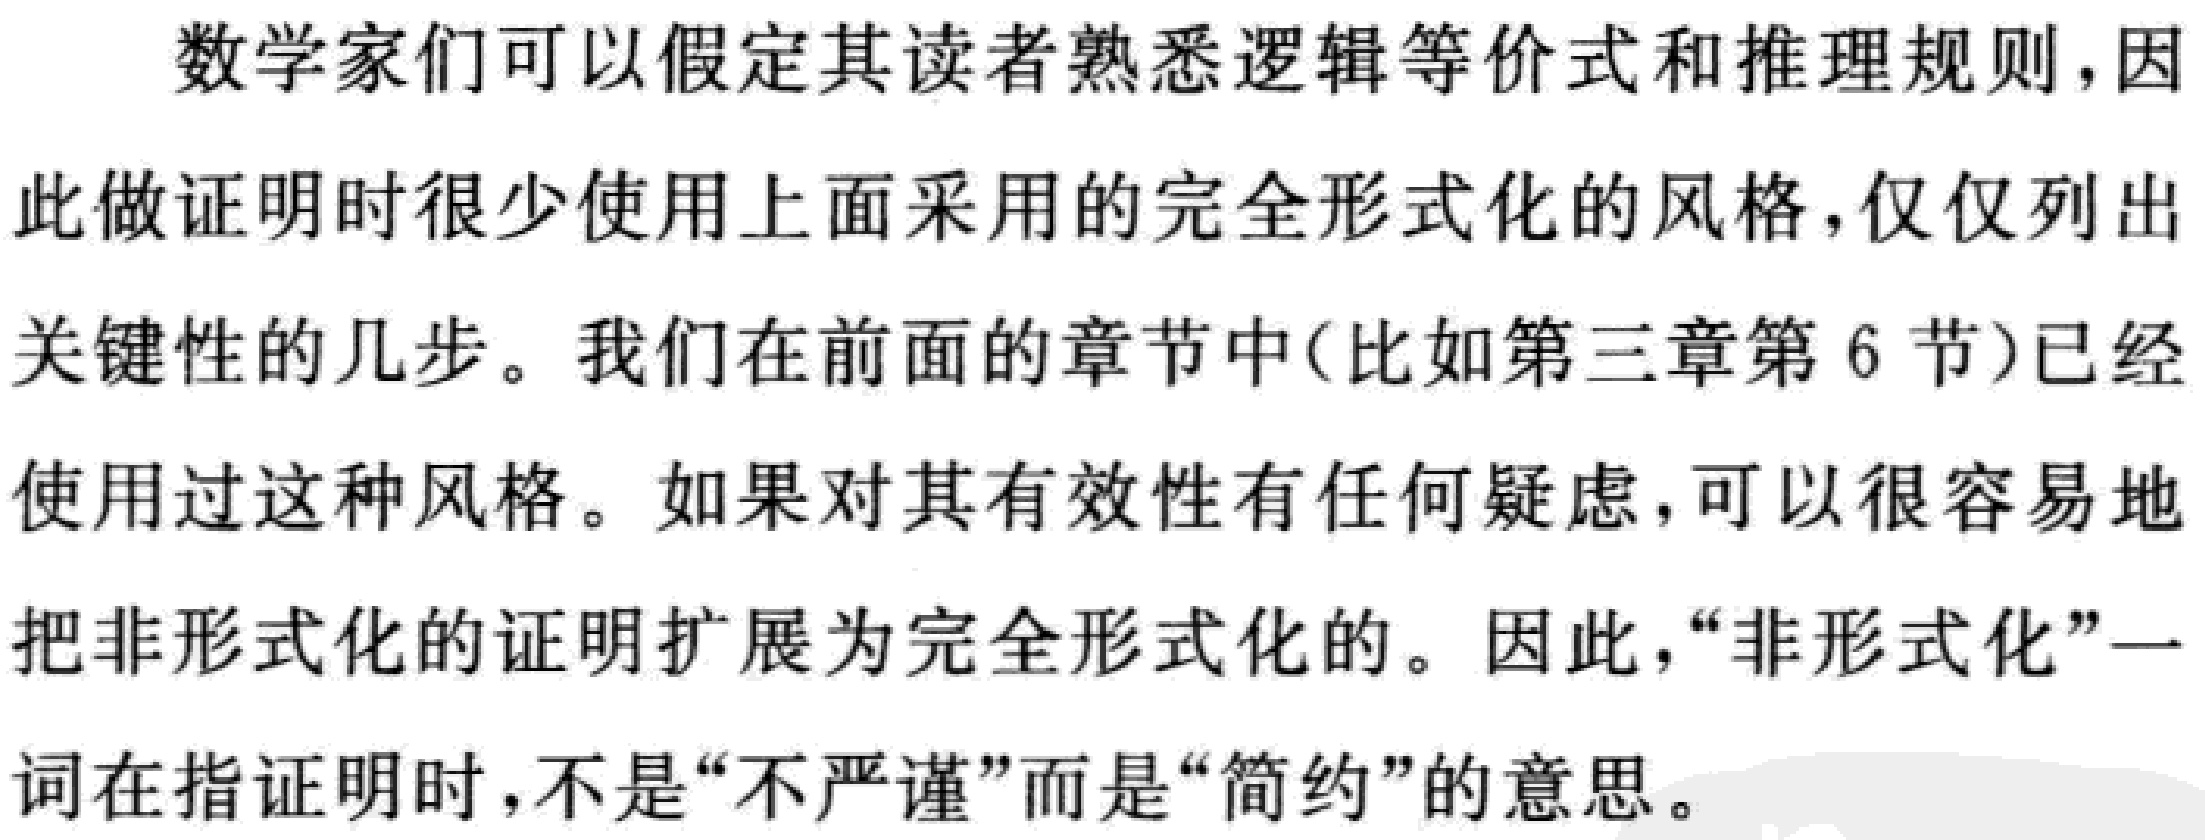
数学家们可以假定其读者熟悉逻辑等价式和推理规则，因此做证明时很少使用上面采用的完全形式化的风格，仅仅列出关键性的几步。我们在前面的章节中(比如第三章第6节)已经使用过这种风格。如果对其有效性有任何疑虑，可以很容易地把非形式化的证明扩展为完全形式化的。因此，“非形式化”一词在指证明时，不是“不严谨”而是“简约”的意思。